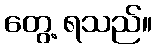
တွေ့ ရသည်။